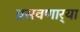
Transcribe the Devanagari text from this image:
प्रसवणार्‍या